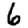
Digit: 6